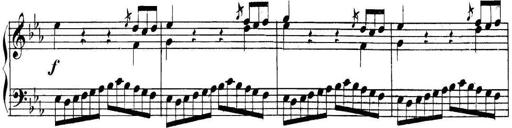
Title: Collected Piano Sonatas
Composer: Muzio Clementi